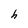
Character: h